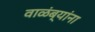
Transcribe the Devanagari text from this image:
वाळंब्यांना